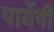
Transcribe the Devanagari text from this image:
पायेंगी